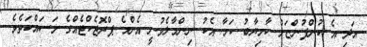
އަދި އެ ކުންފުންޏަށް ކާމިޔާބު ކަމާ އެކު ނިންމާލެވުނީ އެންމެ ޕްރޮޖެކްޓެއްގެ މަސައްކަތެވެ.